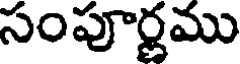
సంపూర్ణము